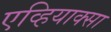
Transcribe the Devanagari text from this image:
एव्हियाक्सा